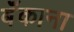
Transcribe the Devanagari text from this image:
बॅंकाना